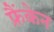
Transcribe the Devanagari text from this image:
फ्रैंकेन